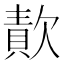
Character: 𣤈